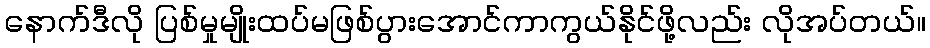
နောက်ဒီလို ပြစ်မှုမျိုးထပ်မဖြစ်ပွားအောင်ကာကွယ်နိုင်ဖို့လည်း လိုအပ်တယ်။